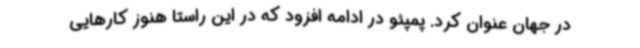
در جهان عنوان کرد. پمپئو در ادامه افزود که در این راستا هنوز کارهایی